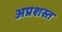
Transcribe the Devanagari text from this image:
अप्रशस्त